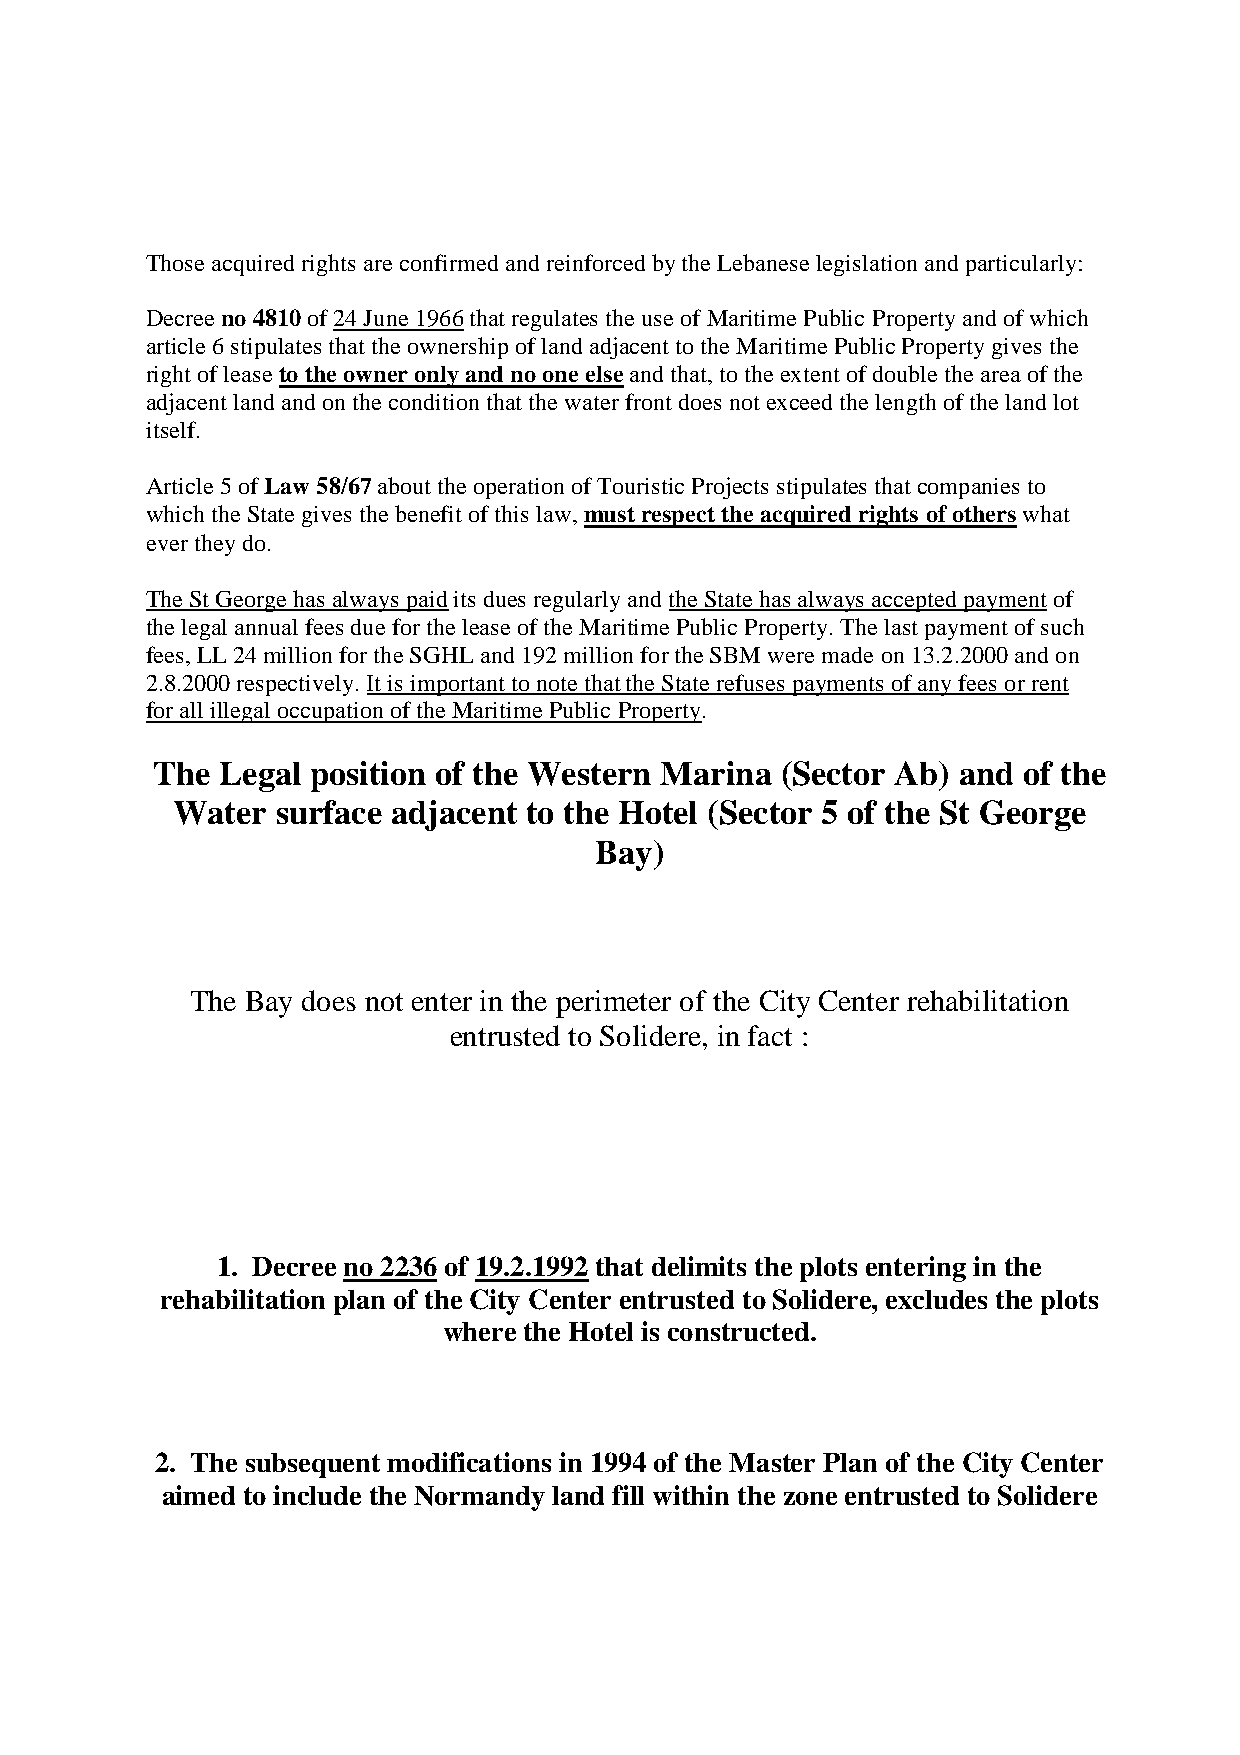
Those acquired rights are confirmed and reinforced by the Lebanese legislation and particularly:
 Decree no 4810 of 24 June 1966 that regulates the use of Maritime Public Property and of which
 article 6 stipulates that the ownership of land adjacent to the Maritime Public Property gives the
 right of lease to the owner only and no one else and that, to the extent of double the area of the
 adjacent land and on the condition that the water front does not exceed the length of the land lot
 itself.
 Article 5 of Law 58/67 about the operation of Touristic Projects stipulates that companies to
 which the State gives the benefit of this law, must respect the acquired rights of others what
 ever they do.
 The St George has always paid its dues regularly and the State has always accepted payment of
 the legal annual fees due for the lease of the Maritime Public Property. The last payment of such
 fees, LL 24 million for the SGHL and 192 million for the SBM were made on 13.2.2000 and on
 2.8.2000 respectively. It is important to note that the State refuses payments of any fees or rent
 for all illegal occupation of the Maritime Public Property.
 The  Legal position of the Western Marina (Sector Ab) and of the
 Water  surface adjacent to the Hotel (Sector 5 of the St George
 Bay)
 The Bay does not enter in the perimeter of the City Center rehabilitation
 entrusted to Solidere, in fact :
 1. Decree no 2236 of 19.2.1992 that delimits the plots entering in the
 rehabilitation plan of the City Center entrusted to Solidere, excludes the plots
 where the Hotel is constructed.
 2. The subsequent modifications in 1994 of the Master Plan of the City Center
 aimed to include the Normandy land fill within the zone entrusted to Solidere